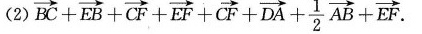
(2) $$\overrightarrow{BC} + \overrightarrow{EB} + \overrightarrow{CF} + \overrightarrow{EF} + \overrightarrow{CF} + \overrightarrow{DA} + \frac{1}{2} \overrightarrow{AB} + \overrightarrow{EF}.$$